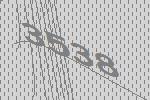
3538